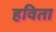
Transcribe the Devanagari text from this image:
हविता